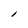
Character: l